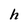
Character: h